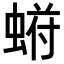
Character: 𬠙